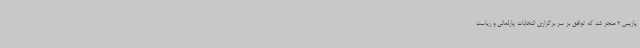
پاریس 2 منجر شد که توافق بر سر برگزاری انتخابات پارلمانی و ریاست